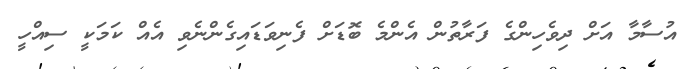
އުސާމާ އަށް ދިވެހިންގެ ފަރާތުން އެންމެ ބޮޑަށް ފެނިވަޑައިގެންނެވި އެއް ކަމަކީ ސިއްހީ